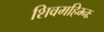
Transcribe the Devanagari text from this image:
शिवमहिम्नः